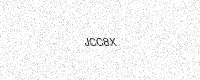
Text: JCC8X